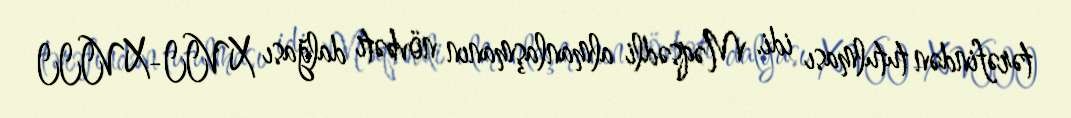
tərəfindən tutulması idi. Məqsədli almanlaşmanın növbəti dalğası XVII-XVIII